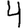
Digit: 4